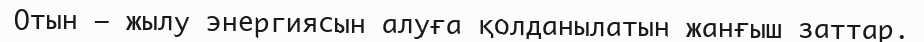
Отын – жылу энергиясын алуға қолданылатын жанғыш заттар.